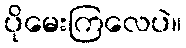
ပိုမေးကြလေပဲ။